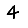
Digit: 4